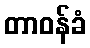
တာဝန်ခံ